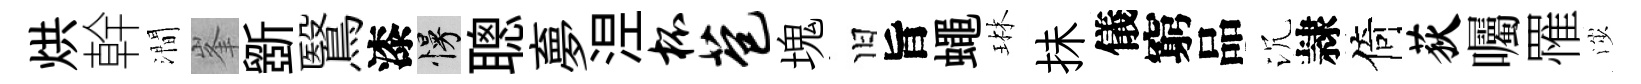
烘幹澗峯斵鷖漆慢聰夣𣵀杯苞塊旧旨蠅琳抺儀窮品沉隷倚荻囑罹渉